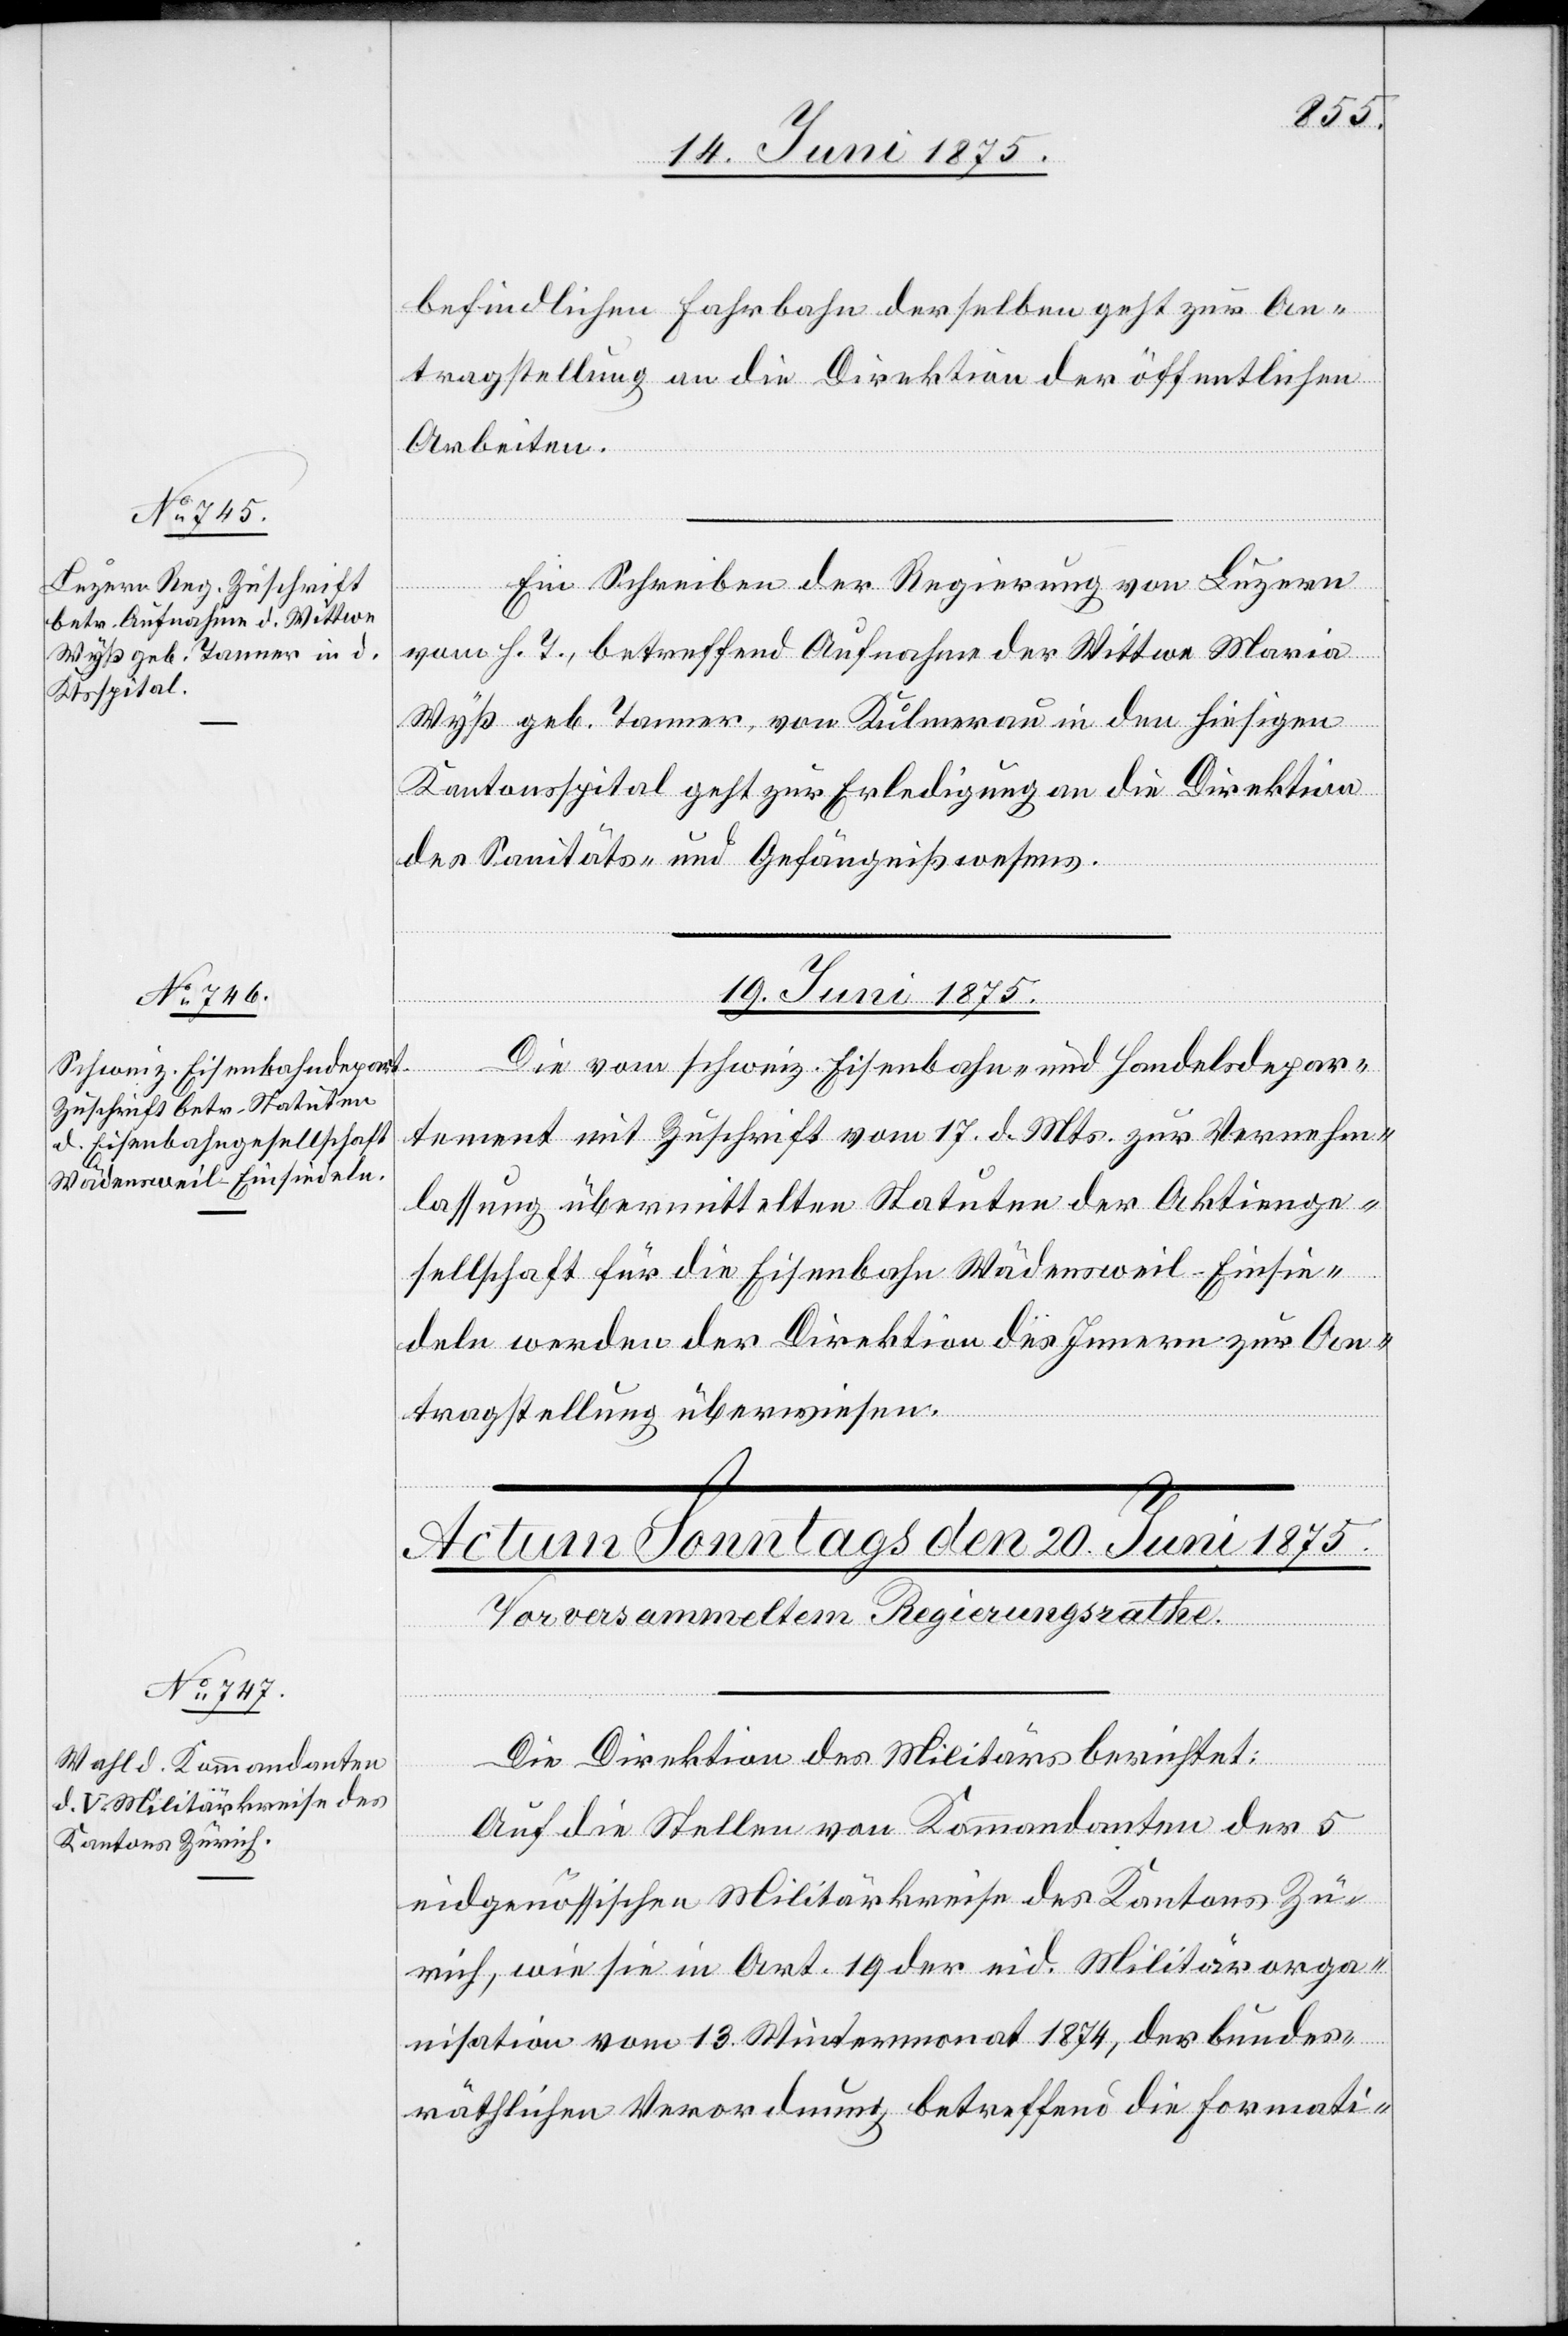
18. Juni 1875.]
befindlichen Fahrbahn derselben geht zur An¬
tragstellung an die Direktion der öffentlichen
Arbeiten.
Ein Schreiben der Regierung von Luzern
vom h. T., betreffend Aufnahme der Wittwe Maria
Wyß geb. Tanner, von Kulmerau in den hiesigen
Kantonsspital geht zur Erledigung an die Direktion
des Sanitäts- und Gefängnißwesens.
19. Juni 1875.
Die vom schweiz. Eisenbahn- und Handelsdepar¬
tement mit Zuschrift vom 17.d. Mts. zur Vernehm¬
lassung übermittelten Statuten der Aktienge¬
sellschaft für die Eisenbahn Wädensweil–Einsie¬
deln werden der Direktion des Innern zur An¬
tragstellung überwiesen.
Die Direktion des Militärs berichtet:
Auf die Stellen von Kommandanten der 5
eidgenössischen Militärkreise des Kantons Zü¬
rich, wie sie in Art. 19 der eid. Militärorga¬
nisation vom 13. Wintermonat 1874, der bundes¬
räthlichen Verordnung betreffend die Formati-